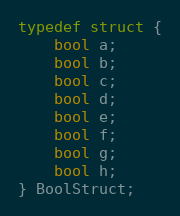
Language: C++
typedef struct {
    bool a;
    bool b;
    bool c;
    bool d;
    bool e;
    bool f;
    bool g;
    bool h;
} BoolStruct;